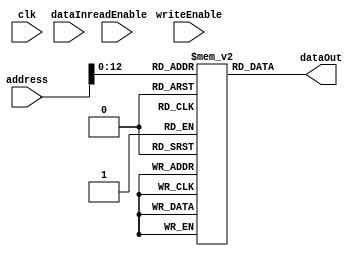
`timescale 1ns / 1ps

module InstructionMemoryModule(
    input wire clk,
    input wire [31:0] address,
    input wire readEnable,
    input wire writeEnable,
    input wire [31:0] dataIn,
    output reg [31:0] dataOut
    );
    reg [31:0] memory[8191:0]; // Declare an array 'memory' to store instructions

    // Initialize the memory with sample instructions (you can uncomment and modify as needed)
    initial 
    begin
        memory[0] <= 32'b00000000011000100000100000000000;
        memory[1] <= 32'b00000000110001010010000000000000;
        memory[2] <= 32'b00000000100000010000100000000001;
        memory[3] <= 32'b01000000001000010000000001000000;
        memory[4] <= 32'b01001100001000100000000000000011;
        memory[5] <= 32'b01000000101001010000000000010000;
        memory[6] <= 32'b00000000100001010010100000000001;
        memory[7] <= 32'b00000000100000010000100000000000;
        memory[8] <= 32'b00000001000000010001000000000001;
    end

    // Always block triggered on changes in 'address'
    always @(address) 
    begin
        // Read the instruction from memory based on the provided 'address'
        dataOut = memory[address]; 
        // Display debug information
        $display("dataout - %b address- %d", dataOut, address); 
    end
endmodule